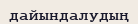
дайындалудың